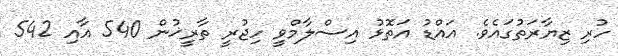
ހުރި ޒިޔާރަތުގައެވެ. އައްޑު އަތޮޅު އިސްލާމްވީ ހިޖުރީ ތާރީޚުން 540 އާއި 542